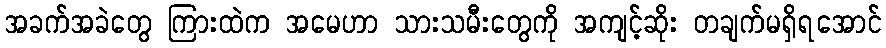
အခက်အခဲတွေ ကြားထဲက အမေဟာ သားသမီးတွေကို အကျင့်ဆိုး တချက်မရှိရအောင်